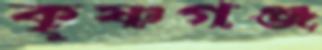
কৃষ্ণগঞ্জ